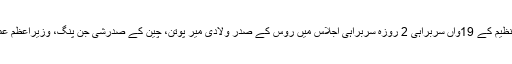
کرغزستان کے دارالحکومت بشکیک میں شروع ہونے والے شنگھائی تعاون تنظیم کے 19واں سربراہی 2 روزہ سربراہی اجلاس میں روس کے صدر ولادی میر پوتن، چین کے صدرشی جن پنگ، وزیراعظم عمران خان اور نریند مودی سمیت رکن ملکوں کے سربراہان شرکت کریں گے۔